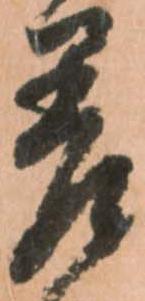
差